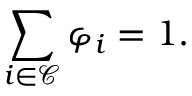
\sum _ { i \in \mathcal { C } } \varphi _ { i } = 1 .